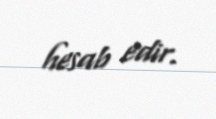
hesab edir.